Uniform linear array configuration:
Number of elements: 24
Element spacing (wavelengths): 0.25
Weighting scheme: blackman
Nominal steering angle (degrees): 15
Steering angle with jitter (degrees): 13.936
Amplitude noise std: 0.05
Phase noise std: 0.05

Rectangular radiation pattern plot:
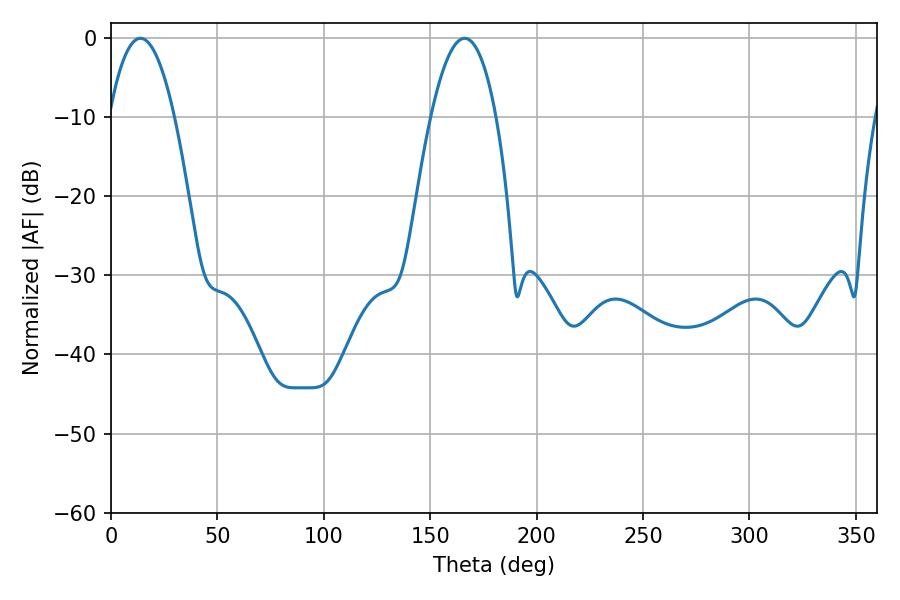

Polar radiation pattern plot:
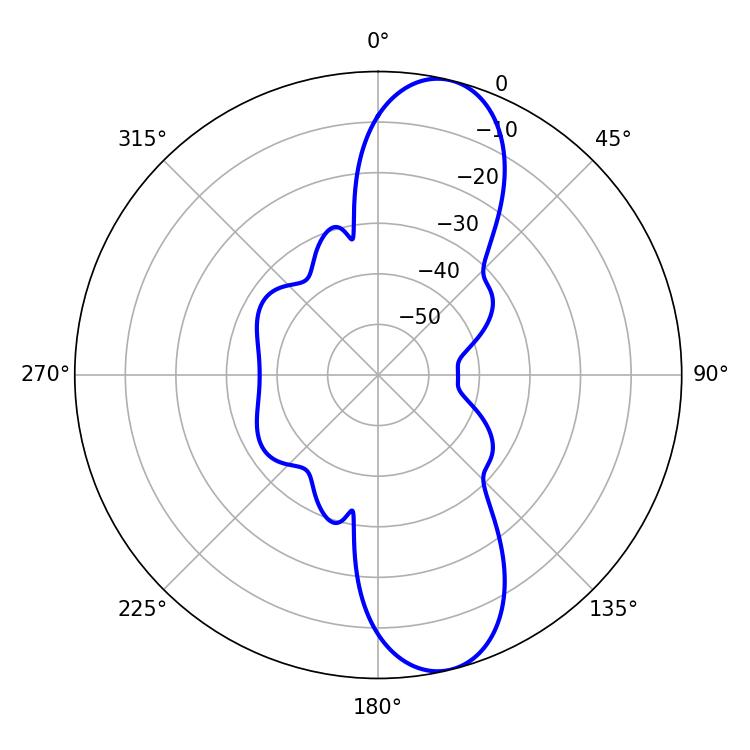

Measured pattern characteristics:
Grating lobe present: FALSE
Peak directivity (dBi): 11.134
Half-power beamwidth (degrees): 16.92
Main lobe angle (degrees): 13.86